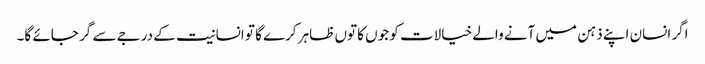
اگر انسان اپنے ذہن میں آنے والے خیالات کو جوں کا توں ظاہر کرے گا تو انسانیت کے درجے سے گر جائے گا۔